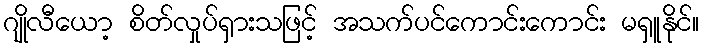
ဂျိုလီယော့ စိတ်လှုပ်ရှားသဖြင့် အသက်ပင်ကောင်းကောင်း မရှူနိုင်။